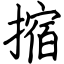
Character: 摍